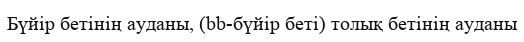
Бүйір бетінің ауданы, (bb-бүйір беті) толық бетінің ауданы